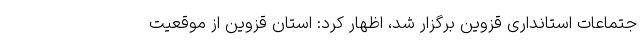
جتماعات استانداری قزوین برگزار شد، اظهار کرد: استان قزوین از موقعیت